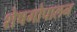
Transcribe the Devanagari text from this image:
शेषगोपालन